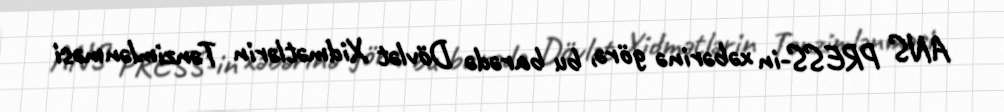
ANS PRESS-in xəbərinə görə, bu barədə Dövlət Xidmətlərin Tənzimlənməsi